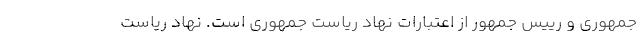
جمهوری و رییس جمهور از اعتبارات نهاد ریاست جمهوری است. نهاد ریاست